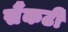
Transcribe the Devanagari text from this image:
सैंकटी